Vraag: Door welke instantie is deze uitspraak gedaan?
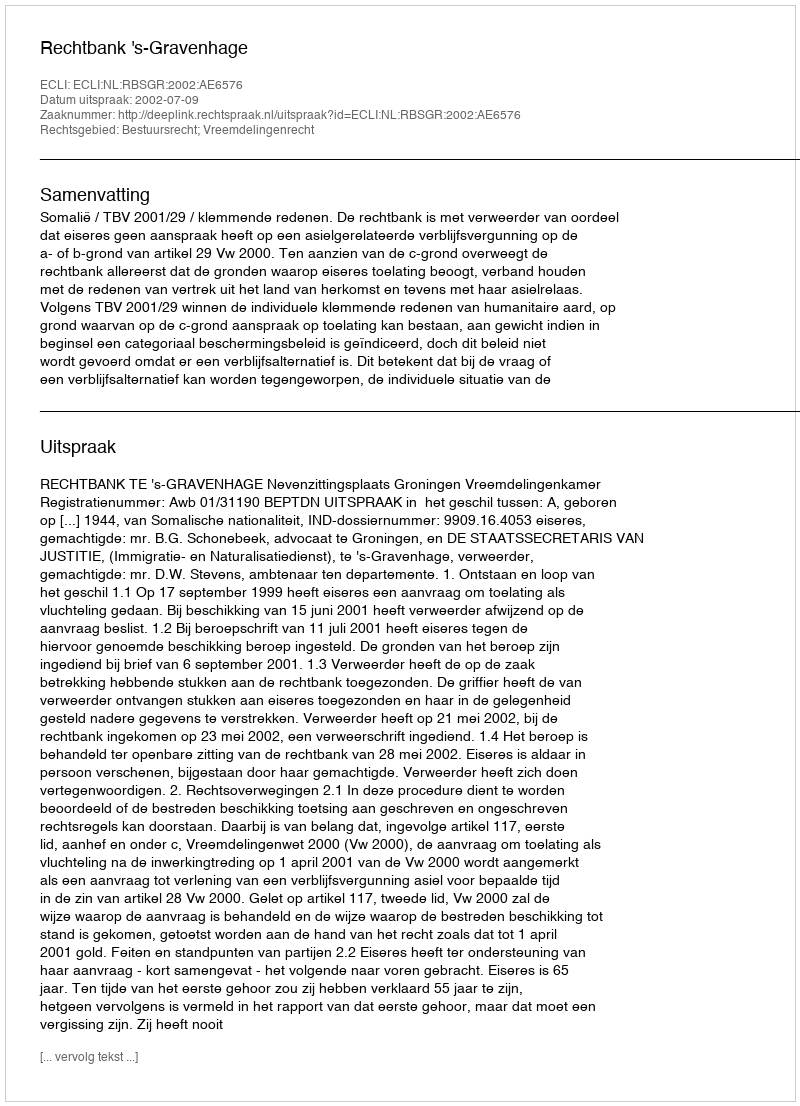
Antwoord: Rechtbank 's-Gravenhage